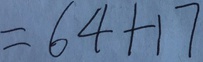
= 6 4 + 1 7